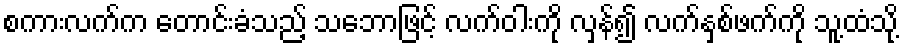
စကားလက်က တောင်းခံသည့် သဘောဖြင့် လက်ဝါးကို လှန်၍ လက်နှစ်ဖက်ကို သူ့ထံသို့